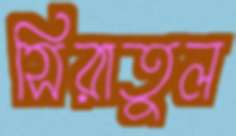
সিরাতুল